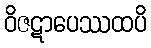
ဝိဇဋာပေဿထပိ